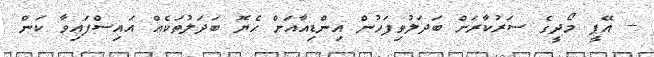
-- އޭޕީ މޯދީގެ ސަރުކާރަށް ބަދަލުވިފަހުން އިންޑިއާއަށް ހެޔޮ ބަދަލުތަކެއް އައިސްފައިވާ ކަން